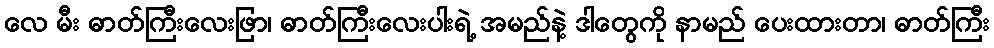
လေ မီး ဓာတ်ကြီးလေးဖြာ၊ ဓာတ်ကြီးလေးပါးရဲ့ အမည်နဲ့ ဒါတွေကို နာမည် ပေးထားတာ၊ ဓာတ်ကြီး